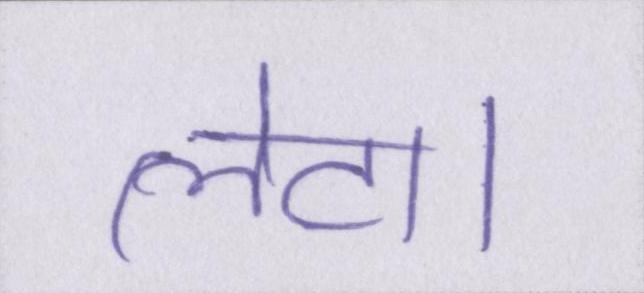
लेटा।